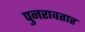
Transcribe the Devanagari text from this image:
पुनरावतार